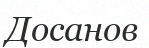
Досанов